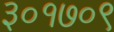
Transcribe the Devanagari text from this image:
३०१७०९